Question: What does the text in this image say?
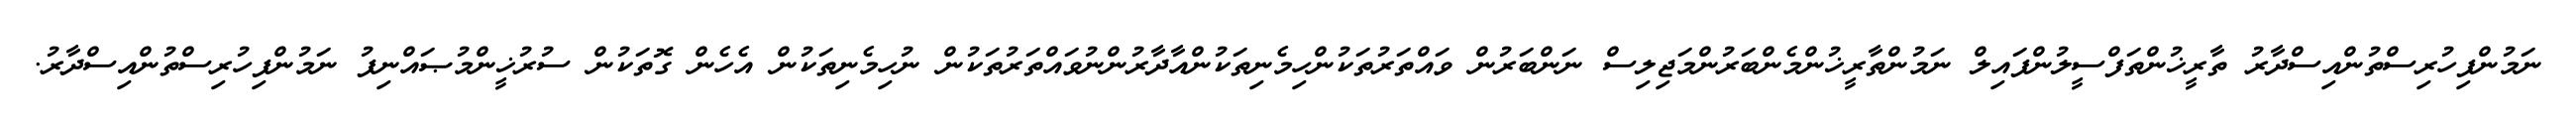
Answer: ނަމުންފިހުރިސްތުންއިސްދާރު ތާރީޚުންތަފްސީލުންފައިލް ނަމުންތާރީޚުންމެންބަރުންމަޖިލިސް ނަންބަރުން ވައްތަރުތަކުންހިމެނިތަކުންއާދާރުންނުވައްތަރުތަކުން ނުހިމެނިތަކުން އެހެން ގޮތަކުން ސުރުޚީންމުޞައްނިފު ނަމުންފިހުރިސްތުންއިސްދާރު.